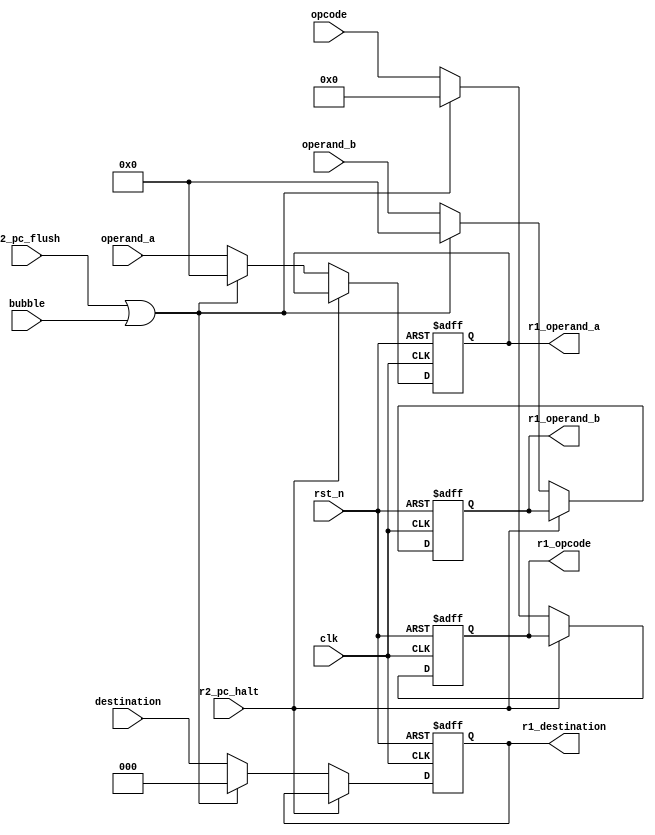
module r1
#(
   parameter D_SIZE = 32
)
(
// general
   input                   rst_n         , // active 0
   input                   clk           ,
// special
   input                   r2_pc_halt    ,
   input                   r2_pc_flush   ,
   input                   bubble        ,
   input             [6:0] opcode        ,
   input             [2:0] destination   ,
   input      [D_SIZE-1:0] operand_a     ,
   input      [D_SIZE-1:0] operand_b     ,
   output reg        [6:0] r1_opcode     ,
   output reg        [2:0] r1_destination,
   output reg [D_SIZE-1:0] r1_operand_a  ,
   output reg [D_SIZE-1:0] r1_operand_b
);


always@(posedge clk or negedge rst_n)
begin
   if(!rst_n)
   begin
      r1_opcode      <= 0; // NOP
      r1_destination <= 0;
      r1_operand_a   <= 0;
      r1_operand_b   <= 0;
   end
   else if(r2_pc_halt)
   begin
      r1_opcode      <= r1_opcode;
      r1_destination <= r1_destination;
      r1_operand_a   <= r1_operand_a;
      r1_operand_b   <= r1_operand_b;
   end
   else if(r2_pc_flush | bubble)
   begin
      r1_opcode      <= 0; // NOP
      r1_destination <= 0;
      r1_operand_a   <= 0;
      r1_operand_b   <= 0;
   end
   else
   begin
      r1_opcode      <= opcode;
      r1_destination <= destination;
      r1_operand_a   <= operand_a;
      r1_operand_b   <= operand_b;
   end
end


endmodule